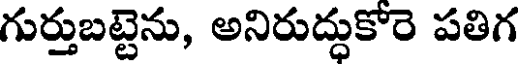
గుర్తుబట్టెను, అనిరుద్ధుకోరె పతిగ